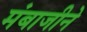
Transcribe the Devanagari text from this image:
मंबाजीने